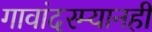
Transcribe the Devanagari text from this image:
गावांदरम्यानही